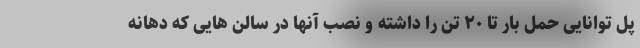
پل توانایی حمل بار تا ۲۰ تن را داشته و نصب آنها در سالن هایی که دهانه